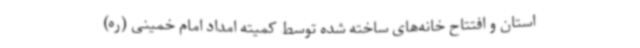
استان و افتتاح خانه‌های ساخته شده توسط کمیته امداد امام خمینی (ره)